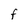
Character: F